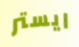
ايستر